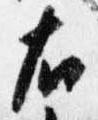
右